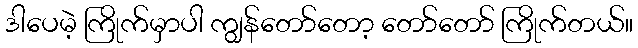
ဒါပေမဲ့ ကြိုက်မှာပါ ကျွန်တော်တော့ တော်တော် ကြိုက်တယ်။